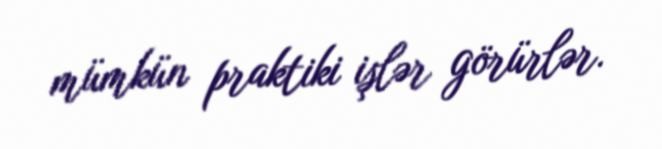
mümkün praktiki işlər görürlər.